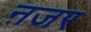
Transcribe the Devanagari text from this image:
ऩजर